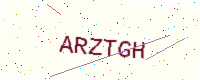
Text: ARZTGH